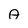
Character: A